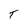
Character: T